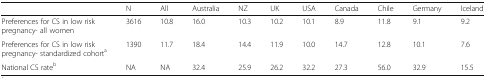
<table><thead><tr><td></td><td><b>N</b></td><td><b>All</b></td><td><b>Australia</b></td><td><b>NZ</b></td><td><b>UK</b></td><td><b>USA</b></td><td><b>Canada</b></td><td><b>Chile</b></td><td><b>Germany</b></td><td><b>Iceland</b></td></tr></thead><tbody><tr><td>Preferences for CS in low risk pregnancy- all women</td><td>3616</td><td>10.8</td><td>16.0</td><td>10.3</td><td>10.2</td><td>10.1</td><td>8.9</td><td>11.8</td><td>9.1</td><td>9.2</td></tr><tr><td>Preferences for CS in low risk pregnancy- standardized cohort<sup>a</sup></td><td>1390</td><td>11.7</td><td>18.4</td><td>14.4</td><td>11.9</td><td>10.0</td><td>14.7</td><td>12.8</td><td>10.1</td><td>7.6</td></tr><tr><td>National CS rate<sup>b</sup></td><td>NA</td><td>NA</td><td>32.4</td><td>25.9</td><td>26.2</td><td>32.2</td><td>27.3</td><td>56.0</td><td>32.9</td><td>15.5</td></tr></tbody></table>